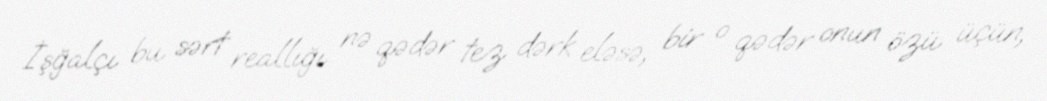
İşğalçı bu sərt reallığı nə qədər tez dərk eləsə, bir o qədər onun özü üçün,